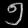
Digit: ၅